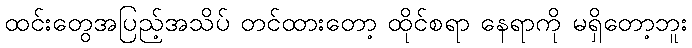
ထင်းတွေအပြည့်အသိပ် တင်ထားတော့ ထိုင်စရာ နေရာကို မရှိတော့ဘူး